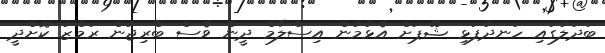
ބަދަލުގައި ހަނދުފަޅި ޝޭޕަށް އެޅުމުން އިސްލާމް ދީން ވެސް ބްރިޖުން ރަމްޒު ކޮށްދީ